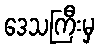
ဒေသကြီးမှ